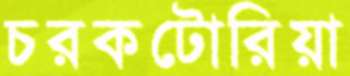
চরকটোরিয়া